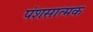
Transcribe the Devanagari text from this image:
पंशसात्मक